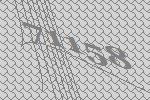
71158